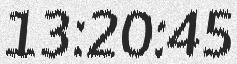
13:20:45